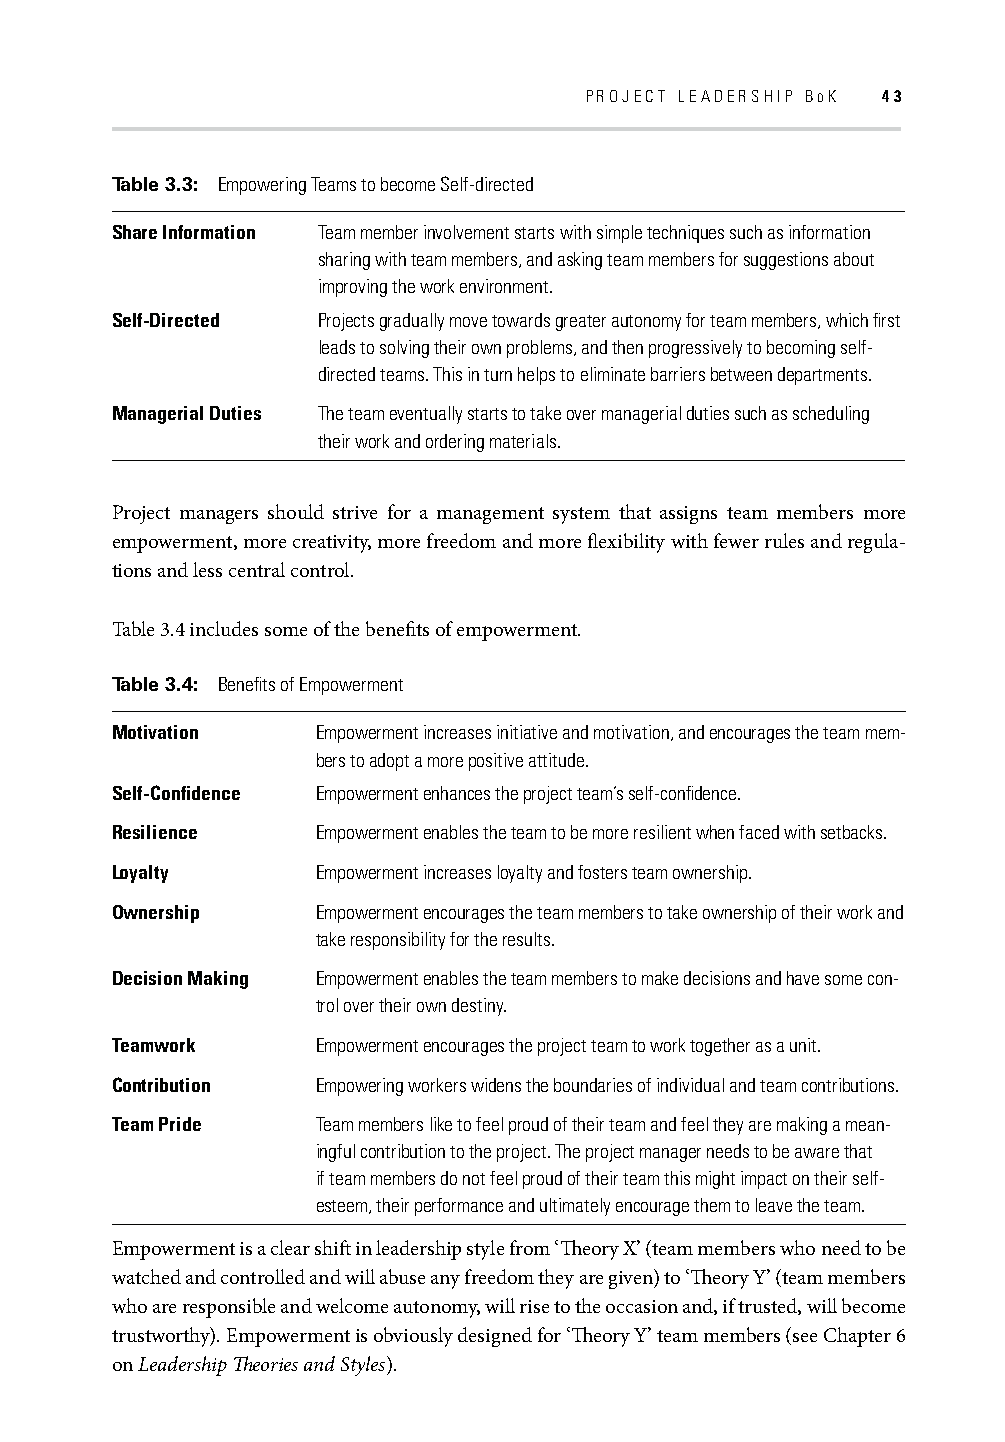
PROJECT LEADERSHIP BOK 43
 Table 3.3: Empowering Teams to become Self-directed
 Share Information Team member involvement starts with simple techniques such as information
 sharing with team members, and asking team members for suggestions about
 improving the work environment.
 Self-Directed Projects gradually move towards greater autonomy for team members, which fi rst
 leads to solving their own problems, and then progressively to becoming self-
 directed teams. This in turn helps to eliminate barriers between departments.
 Managerial Duties The team eventually starts to take over managerial duties such as scheduling
 their work and ordering materials.
 Project managers should strive for a management system that assigns team members more
 empowerment, more creativity, more freedom and more fl exibility with fewer rules and regula-
 tions and less central control.
 Table 3.4 includes some of the benefi ts of empowerment.
 Table 3.4: Benefi ts of Empowerment
 Motivation    Empowerment increases initiative and motivation, and encourages the team mem-
 bers to adopt a more positive attitude.
 Self-Confi dence Empowerment enhances the project team’s self-confi dence.
 Resilience    Empowerment enables the team to be more resilient when faced with setbacks.
 Loyalty       Empowerment increases loyalty and fosters team ownership.
 Ownership     Empowerment encourages the team members to take ownership of their work and
 take responsibility for the results.
 Decision Making Empowerment enables the team members to make decisions and have some con-
 trol over their own destiny.
 Teamwork      Empowerment encourages the project team to work together as a unit.
 Contribution  Empowering workers widens the boundaries of individual and team contributions.
 Team Pride    Team members like to feel proud of their team and feel they are making a mean-
 ingful contribution to the project. The project manager needs to be aware that
 if team members do not feel proud of their team this might impact on their self-
 esteem, their performance and ultimately encourage them to leave the team.
 Empowerment is a clear shift in leadership style from ‘Th eory X’ (team members who need to be
 watched and controlled and will abuse any freedom they are given) to ‘Th eory Y’ (team members
 who are responsible and welcome autonomy, will rise to the occasion and, if trusted, will become
 trustworthy). Empowerment is obviously designed for ‘Th eory Y’ team members (see Chapter 6
 on Leadership Th eories and Styles).